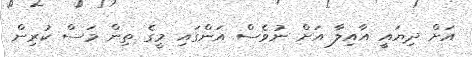
އަށް ދިޔައީ އާއިލާ އަށް ނުވެސް އަންގައި މީގެ ތިން މަސް ކުރިން